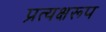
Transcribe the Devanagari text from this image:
प्रत्यक्षरूप